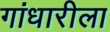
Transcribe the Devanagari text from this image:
गांधारीला